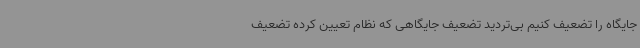
جایگاه را تضعیف کنیم بی‌تردید تضعیف جایگاهی که نظام تعیین کرده تضعیف